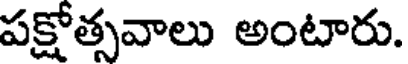
పక్షోత్సవాలు అంటారు.